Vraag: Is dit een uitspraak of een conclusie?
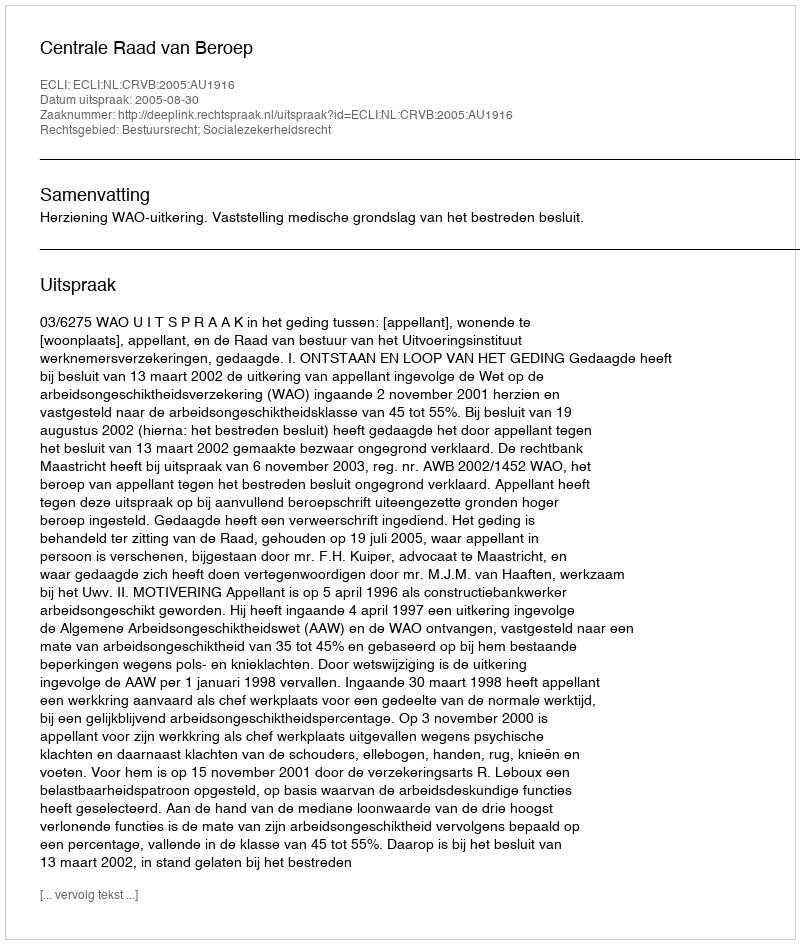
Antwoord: Uitspraak